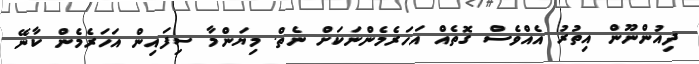
ދިއުންނޫން އިތުރު އެއްވެސް ގޮތެއް އަހަރެމެންނަކަށް ނެތް. މިޔަންމާ ސިފައިން އަހަރެމެން ކާނޭ